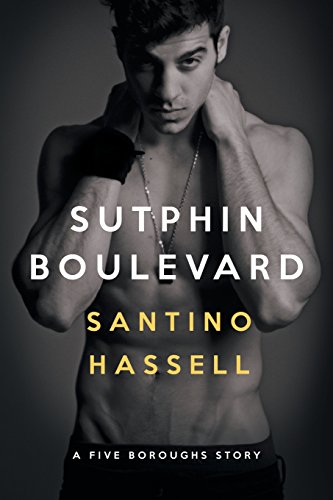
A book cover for Sutphin Boulevard; Santino Hassell; Romance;